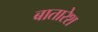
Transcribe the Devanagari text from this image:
बातारेश